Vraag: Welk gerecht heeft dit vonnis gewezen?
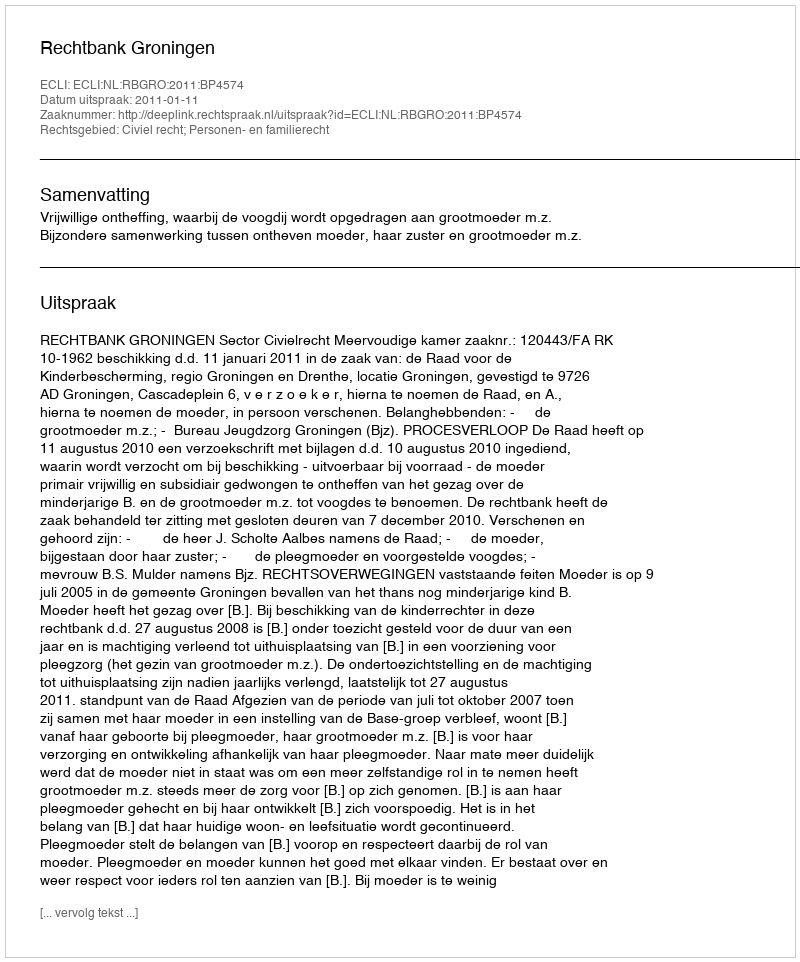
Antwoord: Rechtbank Groningen